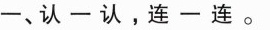
一、认一认，连一连。